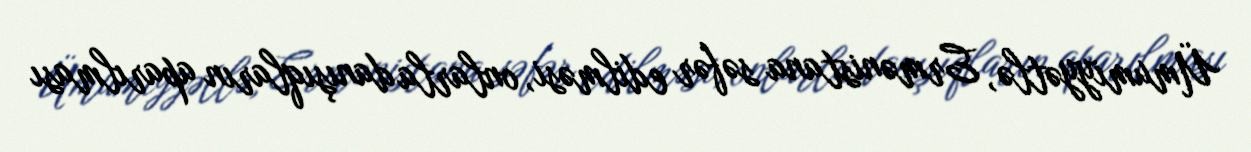
Ümumiyyətlə, Ermənistana səfər edilməsi, onlarla danışıqların aparılması